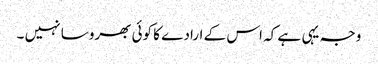
وجہ یہی ہے کہ اس کے ارادے کا کوئی بھروسا نہیں ۔